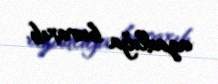
azadlığa buraxıb.